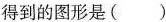
得到的图形是( )